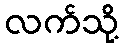
လက်သို့